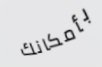
بأمكانك